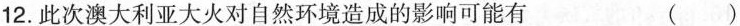
12.此次澳大利亚大火对自然环境造成的影响可能有 ( )